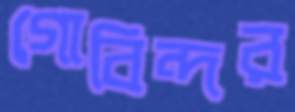
গোবিন্দর